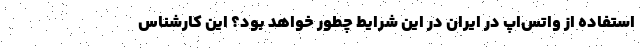
استفاده از واتس‌اپ در ایران در این شرایط چطور خواهد بود؟ این کارشناس